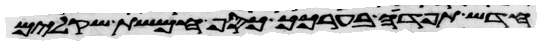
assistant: חדש תפדה בערכך כסף חמשת שקלים